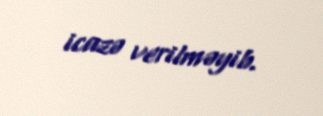
icazə verilməyib.